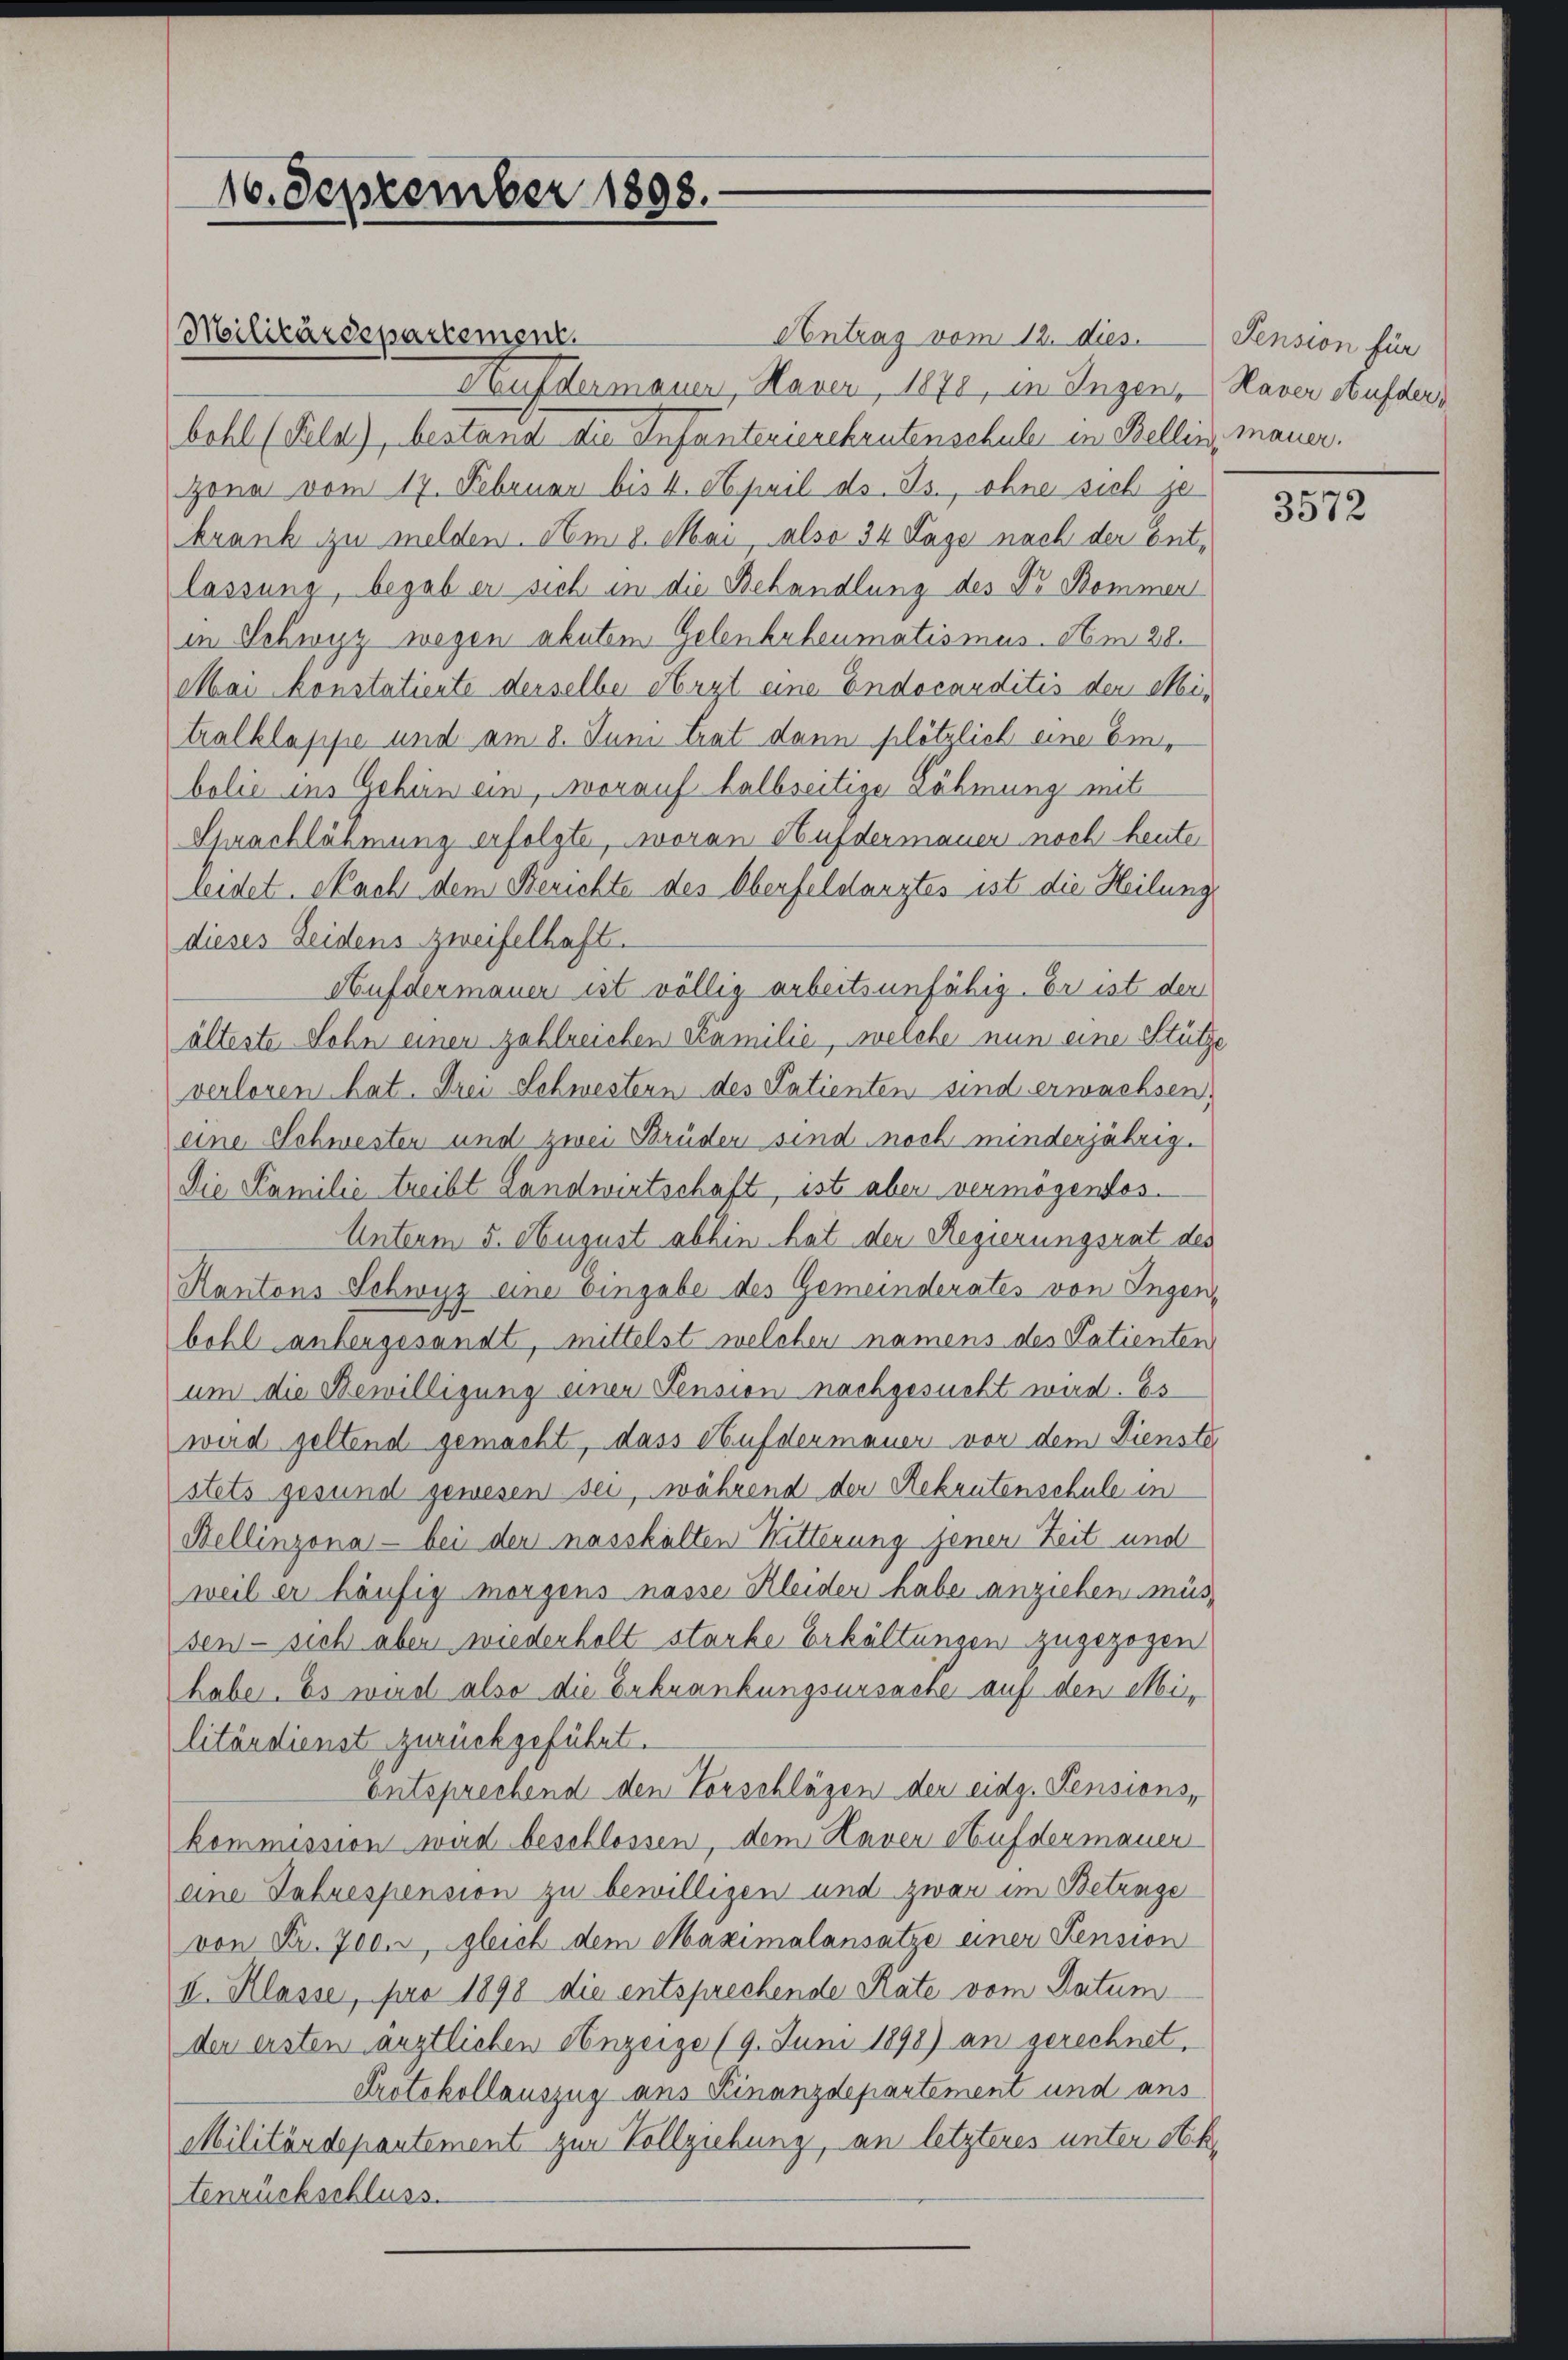
10. September 1898.

Militärdepartement.

Antrag vom 12. dies. Pension für
Aufdermauer, Haver, 1878, in Ingen Haver Aufder
bohl (Feld), bestand die Infantenierekrutenschule in Bellin, mauer.
zona vom 17. Februar bis 4. April ds. Js., ohne sich je
krank zu melden. Am 8. Mai, also 34 Lage nach der Entlassung, begab er sich in die Behandlung des Dr. Bommen
in Schwyz wegen akutem Gelenbuheumatismus. Am 28.
Mai konstatiente derselber Arzt eine Indocanditis der Mitralklappe und am 8. Juni trat dann plötzlich eine Einbolie ins Gehin ein, worauf halbseitige Lähmung mit
Sprachlähmung erfolgte, woran Hufdermauer noch heute
leidet. Nach dem Berichte des Oberfeldarztes ist die Heilung
dieses Leidens zweifelhaft.
Aufdermauer ist völlig arbeitsunfähig. Er ist der
älteste Sohn einen zahlreichen Kamilie, welche nun eine Stütze
verloren hat. Drei Schwestern des Patienten sind erwachsen.
eine Schwesten und zwei Brüdern sind noch minderjährig.
Die Familie treibt Landwirtschaft, ist aber vermögendes-
Unterm 5. August abhin hat der Regierungsrat des
Kantons Schwyz eine Eingabe des Gemeinderates von Ingen,
bohl anhergesandt, mittelst welcher namens des Patienten
um die Bewilligung einer Pension nachgesucht wird. Es
wird geltend gemacht, dass Hufdermauer vor dem Dienste
stets gesund gewesen sei, während der Rekrutenschule in
Bellinzona - bei der nasskälten Kitterung jenen Zeit und
weil er häufig morgens nasse Kleiden habe anziehen müssen - sich aber wiederholt starke Erkältungen zugezogen
habe. Es wird also die Erkrankungsursache auf den Militärdienst zurückgeführt.
entsprechend den Vorschlägen der eidg. Pensions,
kommission wird beschlossen, dem Haver Aufdermauer
eine Jahrespension zu bewilligen und zwar im Betrage
von Fr. 700. gleich dem Maximalansatze einer Pension
I. Klasse, pro 1898 die entsprechende Rate vom Datum
den ersten ärztlichen Anzeige (9. Juni 1898) an gerechnet.
Protokollauszug ans Finanzdepartement und aus
Militärdepantement zur Vollziehung, an letzteres unter Sektenrückschluss.

3572